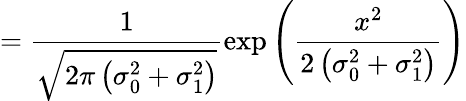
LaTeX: =\frac{1}{\sqrt{2\pi\left(\sigma_{0}^{2}+\sigma_{1}^{2}\right)}}\exp\left(\frac{x^{2}}{2\left(\sigma_{0}^{2}+\sigma_{1}^{2}\right)}\right)